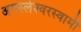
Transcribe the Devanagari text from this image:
अगस्‍लेश्‍वरस्‍वामी